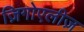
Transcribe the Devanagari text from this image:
ज़िगोएलीज़